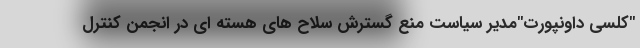
"کلسی داونپورت"مدیر سیاست منع گسترش سلاح های هسته ای در انجمن کنترل